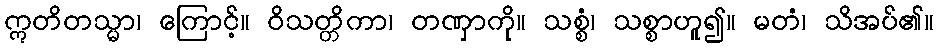
ဣတိတသ္မာ၊ ကြောင့်။ ဝိသတ္တိကာ၊ တဏှာကို။ သစ္စံ၊ သစ္စာဟူ၍။ မတံ၊ သိအပ်၏။